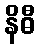
နိဓီ